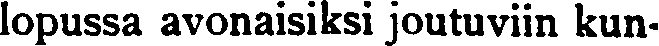
lopussa avonaisiksi joutuviin kun-